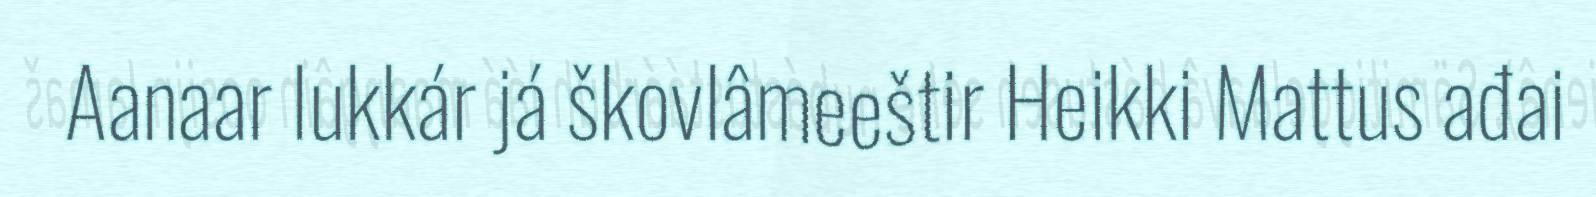
Aanaar lukkár já škovlâmeeštir Heikki Mattus ađai